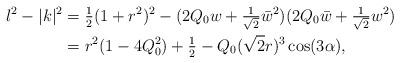
LaTeX: \begin{align*}l^2-|k|^2 & = \tfrac12(1+r^2)^2 - (2Q_0w+\tfrac1{\sqrt{2}}\bar w^2)(2Q_0\bar w+\tfrac1{\sqrt{2}}w^2) \\& = r^2(1 -4Q_0^2) +\tfrac12 - Q_0(\sqrt{2}r)^3\cos(3\alpha) ,\end{align*}